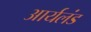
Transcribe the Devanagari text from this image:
आर्यलंड